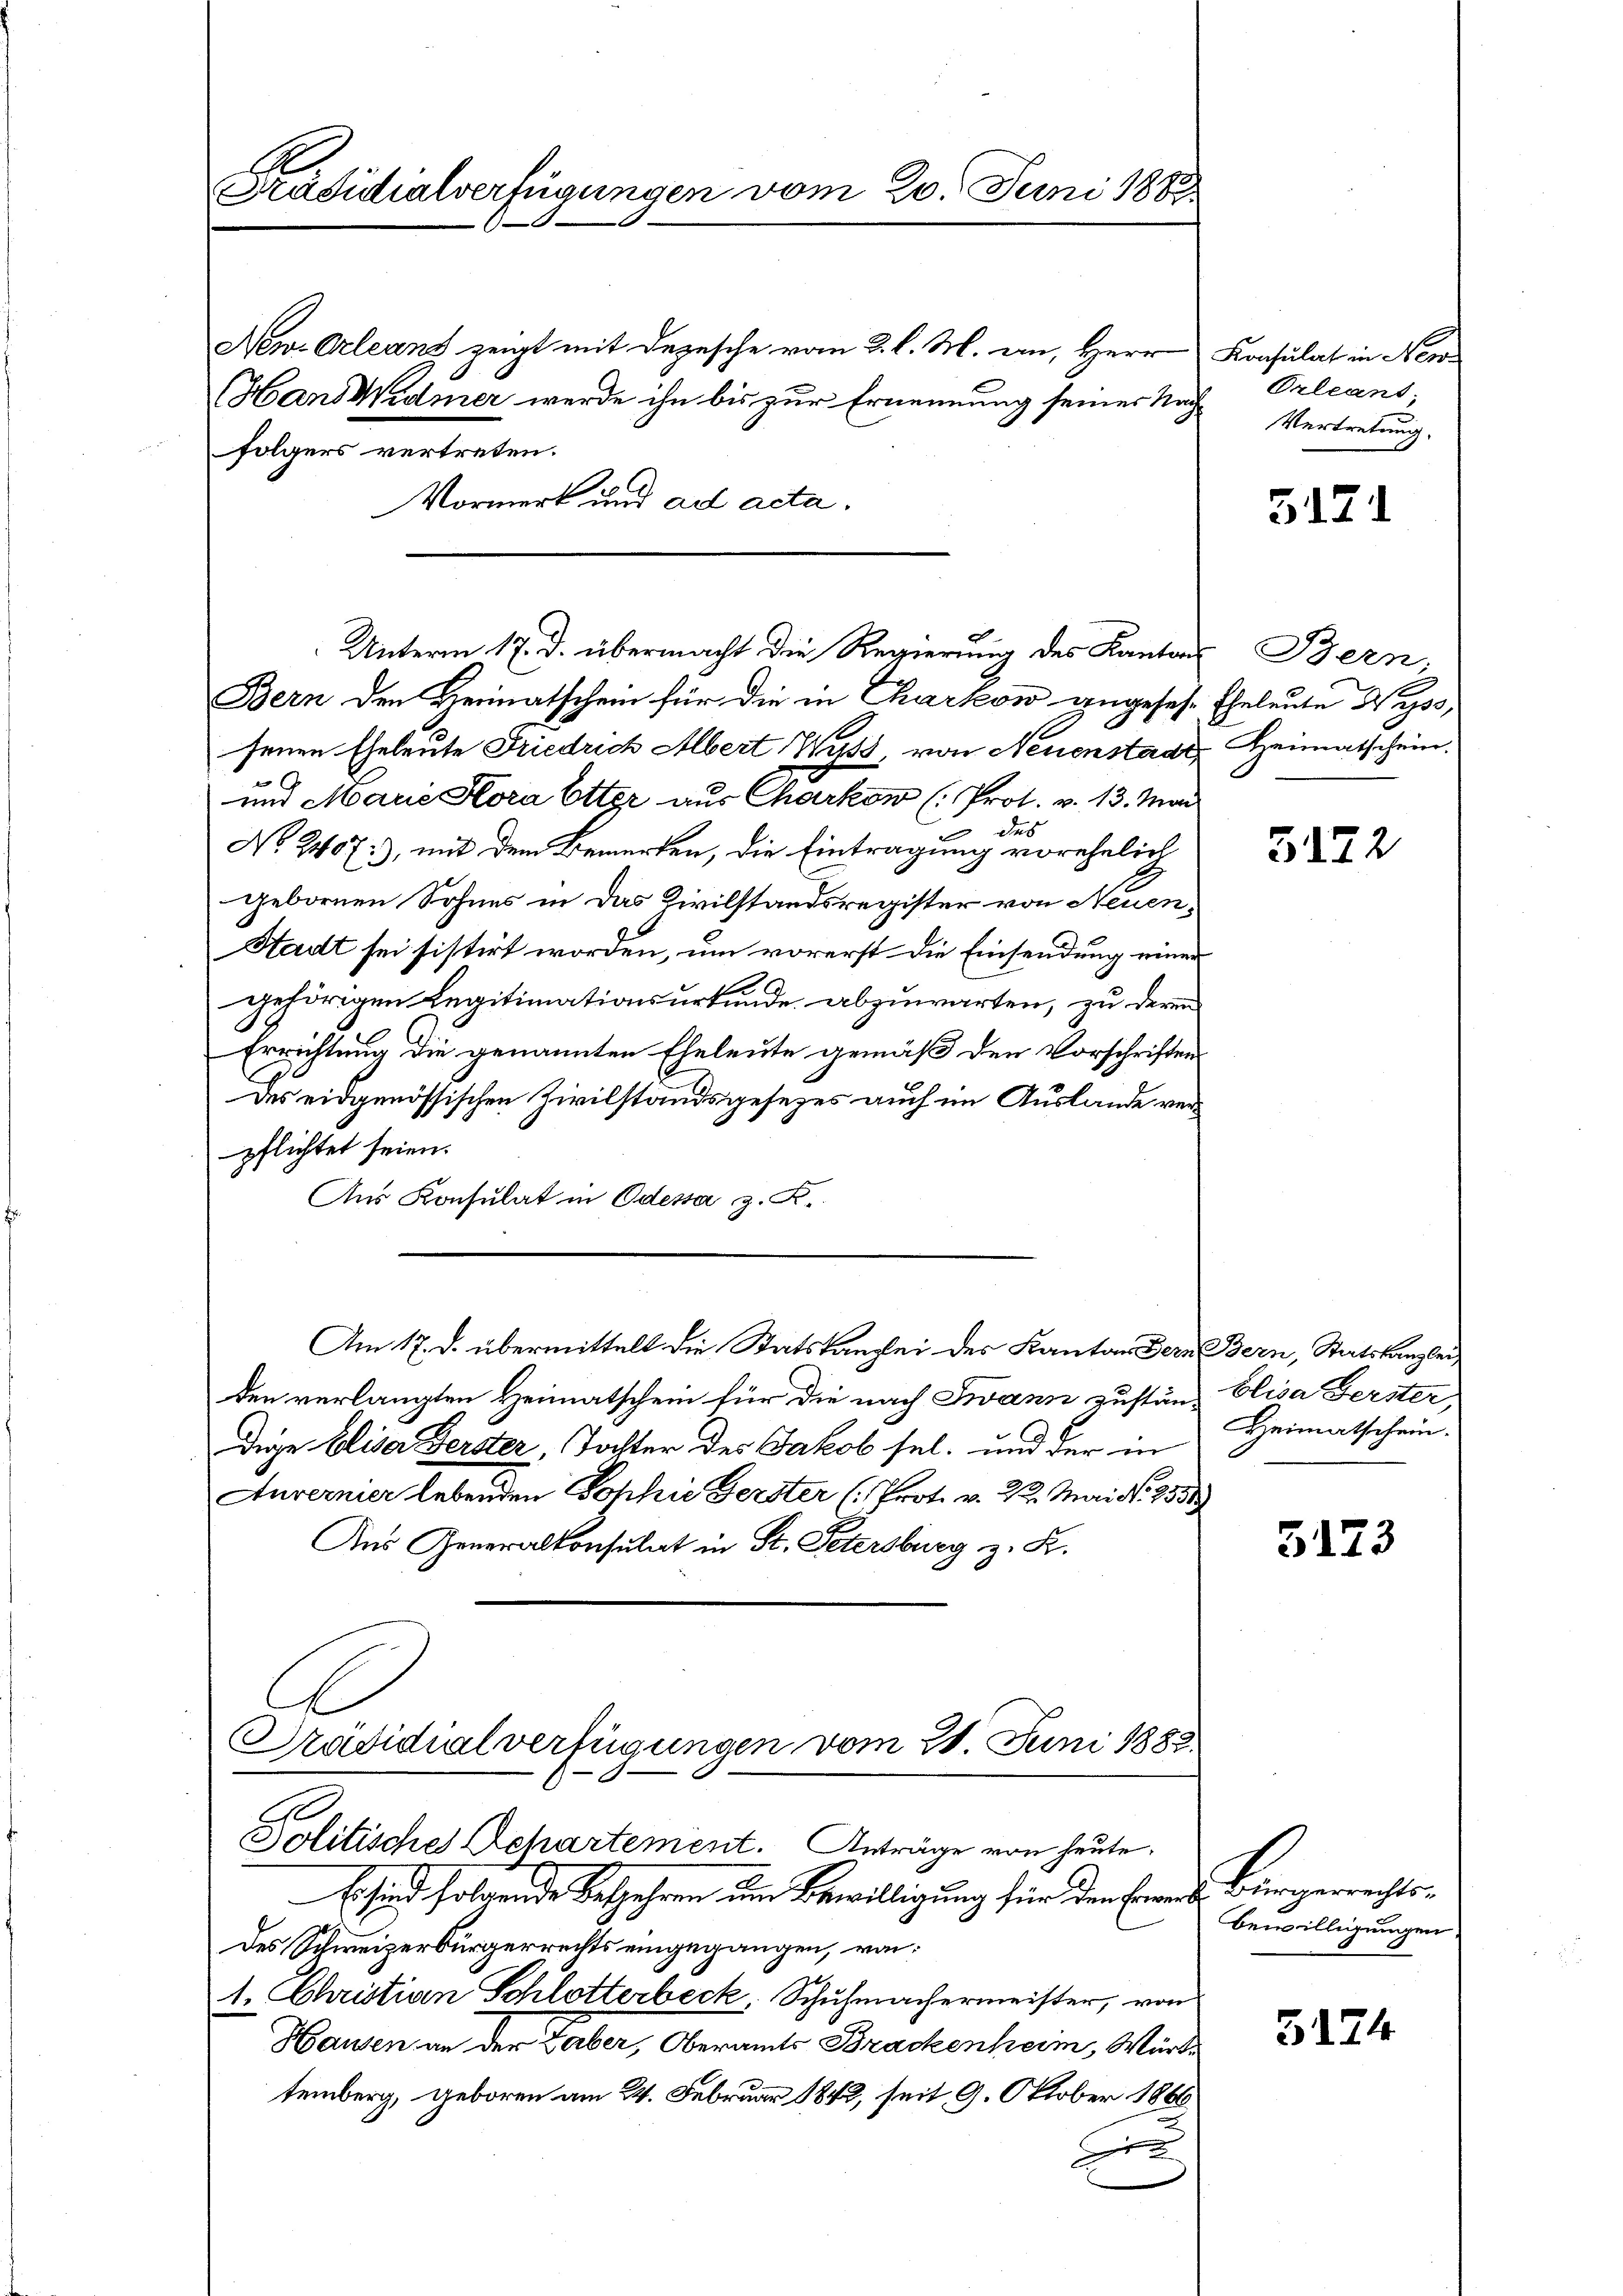
A
Präsidialverfügungen vom 20. Juni 1882.

New-Orleanz zeigt mit Depesche vom 2. l. M. an, Herr
Hans Widmer werde ihn bis zur Ernennung seiner Nach¬
Vormerk und ad acta.

folgers vertreten.

Bern den Heimatschein für die in Charkow angesehe
senen Eheleute Friedrich Albert Wyss, von Neuenstadt,
und Marie Hora Etter aus Charkon (: Prot. v. 13. Mai
 des
No 2407), mit dem Bemerken, die Eintragung vorehelich
gebornen Sohnes in das Civilstandsregister von Neuen¬
Stadt sei sistirt worden, um vorerst die Einsendung einer
gehörigen Legitimationsurkunde abzuwarten, zu deren
Errichtung die genannten Eheleute gemäß den Vorschriften
Des eidgenössischen Zivilstandsgesezes auch im Auslande verpflichtet seien.
Aus Konsulat in Odessa z. R.
Am 17. d. übermittelt die Statskanzlei des Kanton Bern Bern, Staatskanzlei
den verlangten Heimatschein für die nach Iwann zustand, Elisa Gerster
dige Eliser Gerster, Tochter des Jakob sel. und der in
Anvernier lebenden Sophie Gerster (Prot. v. 2. Mai d. 2551)
Ans Generalkonsulat in St. Petersburg z. K.
Präsidialverfügungen vom 21. Juni 1885

Unterm 17. d. übermacht die Regierung des Kantons Bern,

A
Jolitische Departement. Anträge von heute.
E. sind folgende Belehren um Bewilligung für den Ermann Bürgerrechts¬

Des Schweizerbürgerrechts eingegangen, von:
1. Christian Schlotterbeck, Schuhmachermeister, von
Hausen an der Laber, Oberamts Brackenheim, Wärttemberg, geboren am 24. Februar 1842, seit 9. Oktober 1866
d

Konsulat in Newo¬
Orleant,
Vertretung.

3171

Eheleute Niess
Heimatschein.

5172

Heimatschein.

5173

Bewilligungen

5124